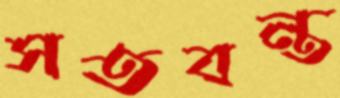
সতবন্ত